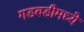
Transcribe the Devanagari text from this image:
गडबडीमध्ये